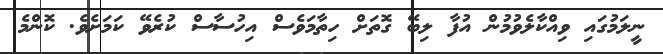
ނީލަމުގައި ވިއްކާލެވުމުން އުފާ ލިބޭ ގޮތަށް ހިތާމަވެސް އިހުސާސް ކުރެވޭ ކަމަށެވެ. ކޮންމެ